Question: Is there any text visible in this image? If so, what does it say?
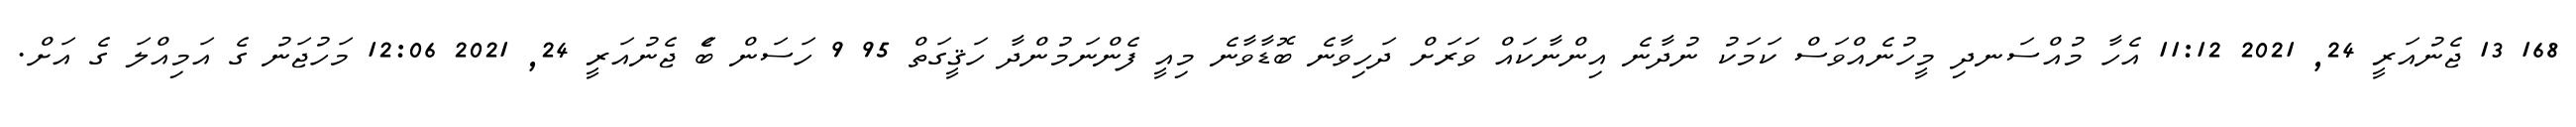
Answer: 168 13 ޖެނުއަރީ 24, 2021 11:12 އެހާ މުއްސަނދި މީހުނެއްވަސް ކަމަކު ނުދާނެ އިންނާކައް ވަރަށް ދަހިވާނެ ބޮޑާވާނެ މިއީ ފެންނަމުންދާ ހަޤީގަތް 95 9 ހަސަން ބަެ ޖެނުއަރީ 24, 2021 12:06 މަހުޖަނު ގެ އަމިއްލަ ގެ އަށް.